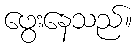
ဖွေးနေသည်။